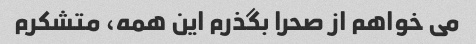
می خواهم از صحرا بگذرم این همه، متشکرم